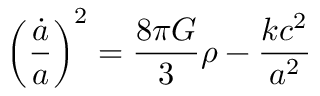
\left( { \frac { \dot { a } } { a } } \right) ^ { 2 } = { \frac { 8 \pi G } { 3 } } \rho - { \frac { k c ^ { 2 } } { a ^ { 2 } } }